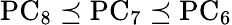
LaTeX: \mathrm{PC}_{8}\preceq\mathrm{PC}_{7}\preceq\mathrm{PC}_{6}